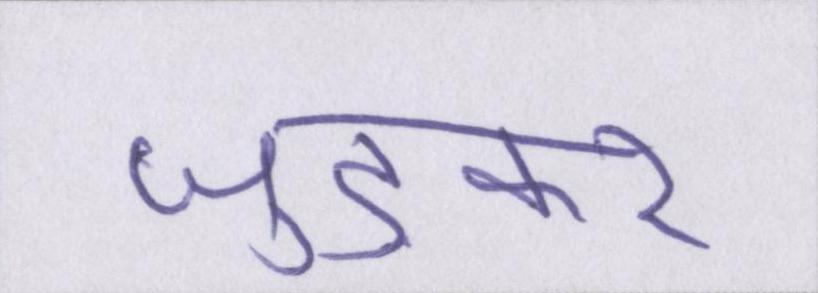
जुड़कर